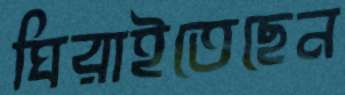
ঘিরাইতেছেন